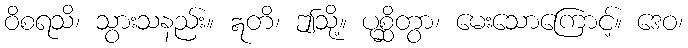
ဝိစရသိ၊ သွားသနည်း။ ဣတိ၊ ဤသို့။ ပုစ္ဆိတွာ၊ မေးသောကြောင့်။ ဒေဝ၊